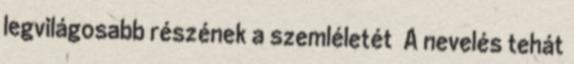
legvilágosabb részének a szemléletét A nevelés tehát